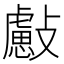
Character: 𣀞